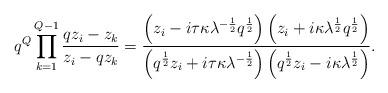
LaTeX: \begin{align*}q^{Q}\prod_{k=1}^{Q-1}\frac{qz_i-z_k}{z_i-qz_k} = \frac{\left(z_i-i\tau\kappa \lambda^{-\frac{1}{2}}q^{\frac{1}{2}}\right) \left(z_i +i\kappa \lambda^{\frac{1}{2}}q^{\frac{1}{2}}\right)} {\left(q^{\frac{1}{2}}z_i+i\tau\kappa\lambda^{-\frac{1}{2}}\right) \left(q^{\frac{1}{2}}z_i-i\kappa\lambda^{\frac{1}{2}}\right)}.\end{align*}